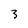
Character: 3